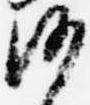
沙